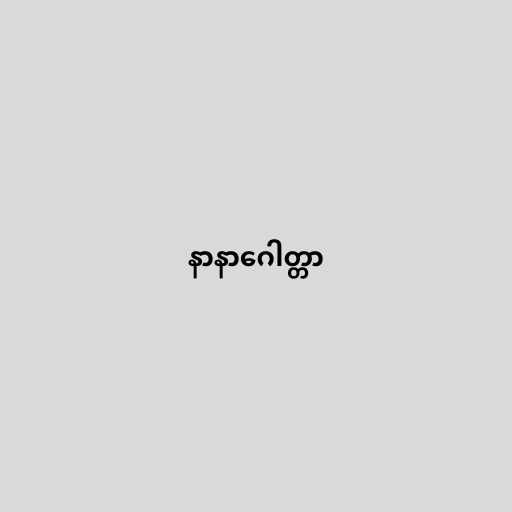
နာနာဂေါတ္တာ